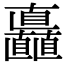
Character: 矗